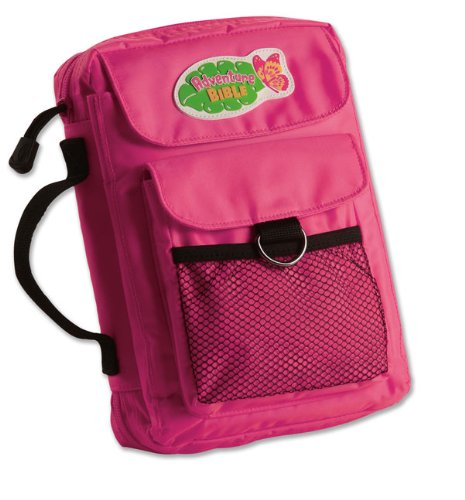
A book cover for Adventure Bible Cover Pink Medium; Zondervan; Christian Books & Bibles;